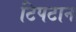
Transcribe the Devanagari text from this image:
टिपटान